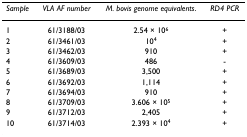
<table><thead><tr><td><b><i>Sample</i></b></td><td><b><i>VLA AF number</i></b></td><td><b><i>M. bovis genome equivalents</i>.</b></td><td><b><i>RD4 PCR</i></b></td></tr></thead><tbody><tr><td>1</td><td>61/3188/03</td><td>2.54 × 10<sup>6</sup></td><td>+</td></tr><tr><td>2</td><td>61/3461/03</td><td>10<sup>4</sup></td><td>+</td></tr><tr><td>3</td><td>61/3462/03</td><td>910</td><td>+</td></tr><tr><td>4</td><td>61/3609/03</td><td>486</td><td>-</td></tr><tr><td>5</td><td>61/3689/03</td><td>3,500</td><td>+</td></tr><tr><td>6</td><td>61/3692/03</td><td>1,114</td><td>+</td></tr><tr><td>7</td><td>61/3694/03</td><td>910</td><td>+</td></tr><tr><td>8</td><td>61/3709/03</td><td>3.606 × 10<sup>5</sup></td><td>+</td></tr><tr><td>9</td><td>61/3712/03</td><td>2,405</td><td>+</td></tr><tr><td>10</td><td>61/3714/03</td><td>2.393 × 10<sup>4</sup></td><td>+</td></tr></tbody></table>